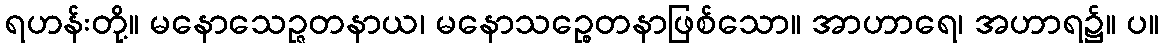
ရဟန်းတို့။ မနောသေဉ္ဇတနာယ၊ မနောသဉ္စေတနာဖြစ်သော။ အာဟာရေ၊ အဟာရ၌။ ပ။